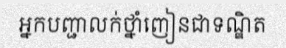
អ្នកបញ្ជាលក់ថ្នាំញៀនជាទណ្ឌិត